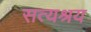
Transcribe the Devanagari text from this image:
सत्यश्रय